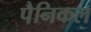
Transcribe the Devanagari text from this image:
पैनिकल